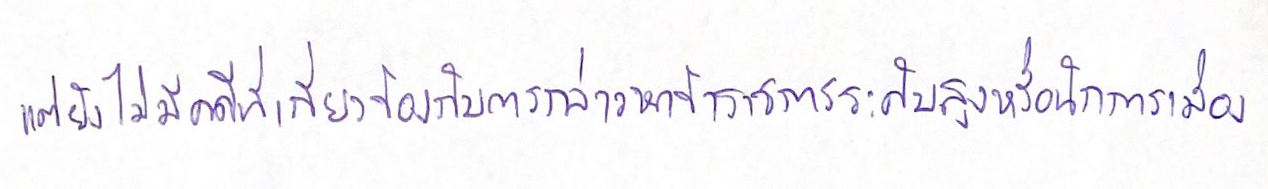
แต่ยังไม่มีคดีที่เกี่ยวข้องกับการกล่าวหาข้าราชการระดับสูงหรือนักการเมือง